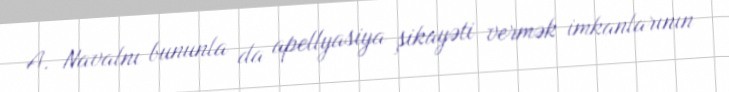
A. Navalnı bununla da apellyasiya şikayəti vermək imkanlarının